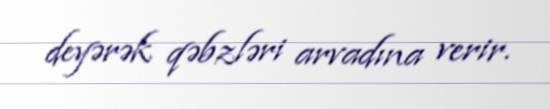
deyərək qəbzləri arvadına verir.